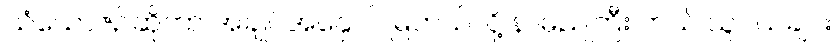
သံယောဇဉ်ဆိုတာ အချုပ်အနှောင် မြဲတယ်လို့ နာမည်ကြီး တယ် သူငယ်ချင်း